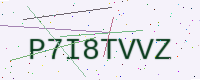
Text: P7I8TVVZ